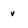
Character: v